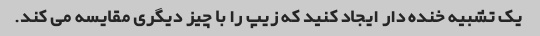
یک تشبیه خنده دار ایجاد کنید که زیپ را با چیز دیگری مقایسه می کند.